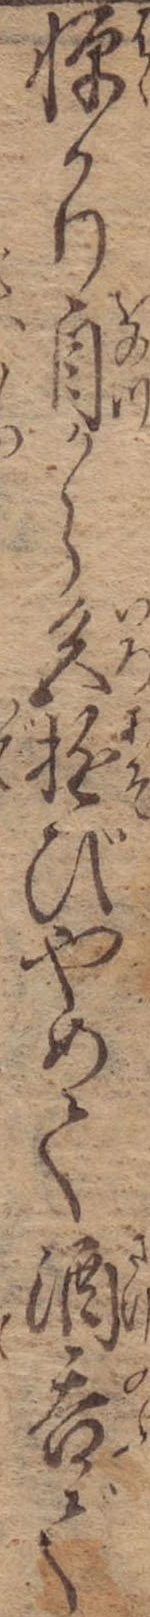
憚かり自から色遊びやめて酒呑で